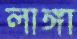
লাঙ্গা